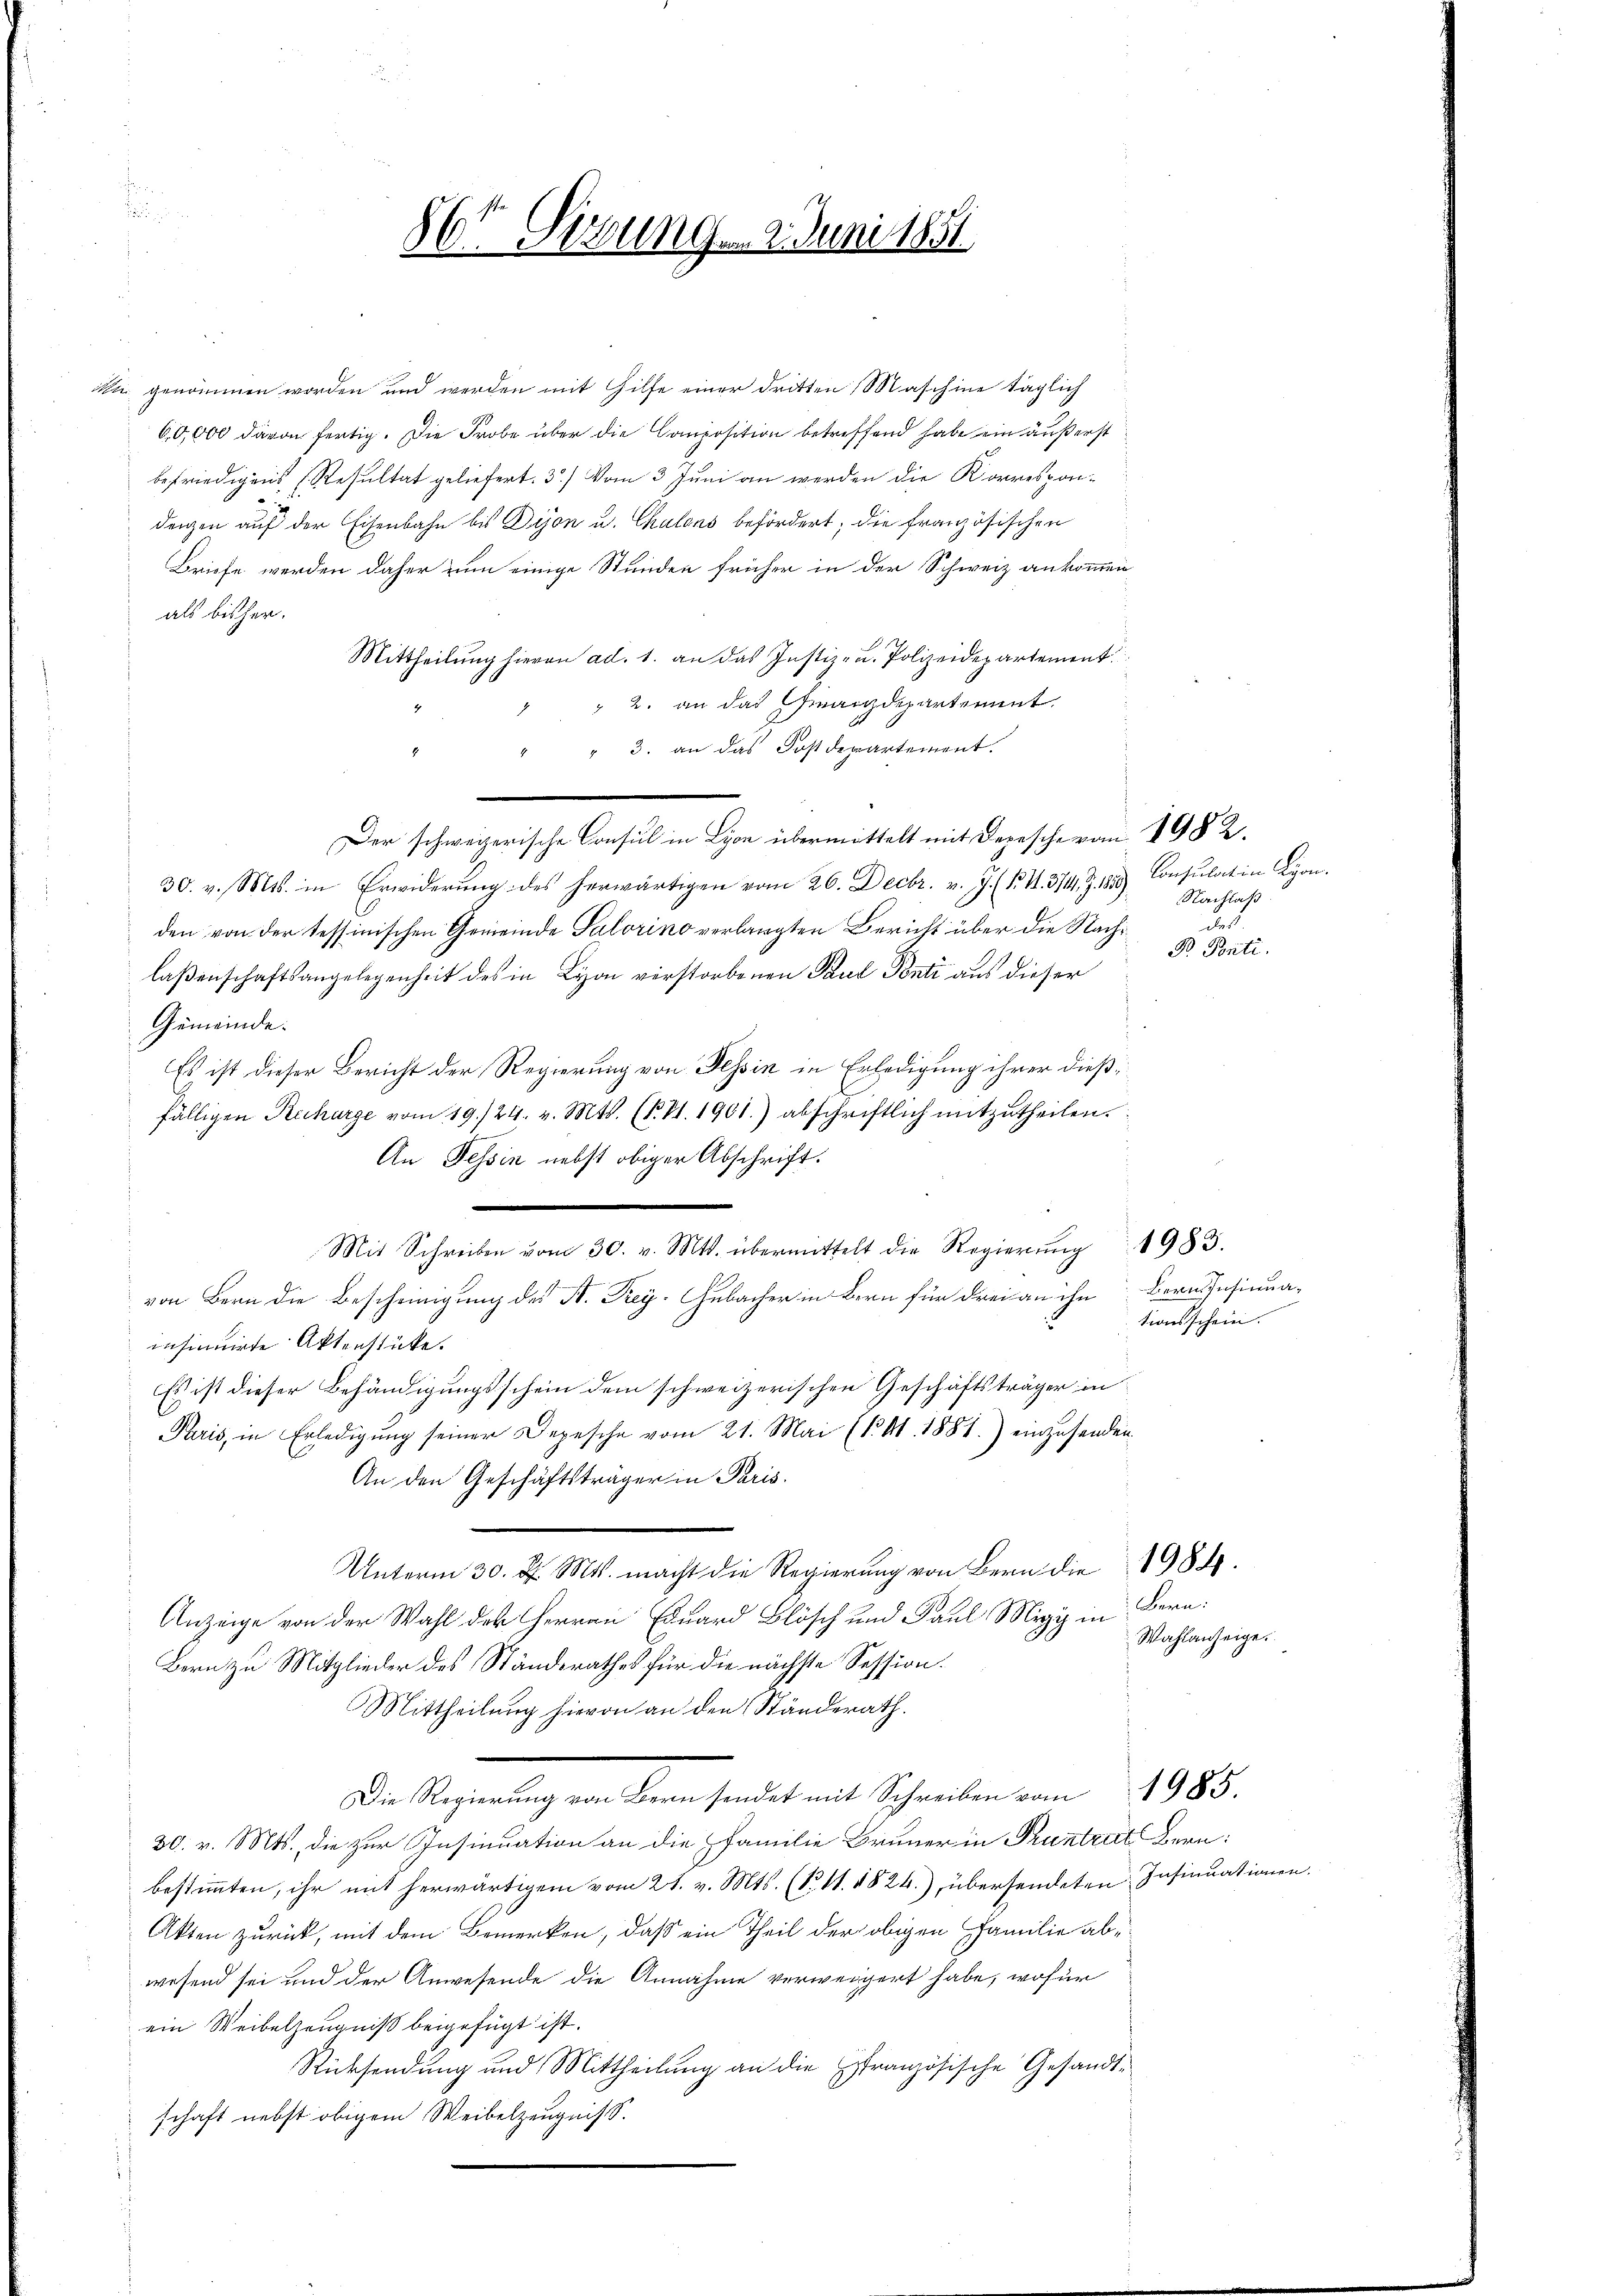
d

86te Sitzung 9. Juni 1851.

in genommen worden und werden mit Hilfe einer dritten Maschine täglich
60,000 davon fertig. Die Probe über die Composition betreffend habe ein äußerst
befriedigens (Resultat geliefert. 3.) Vom 3. Juni an werden die Korrespondenzen auf der Eisenbahn bis Dion u. Chalons befördert; die französischen
Briefe werden daher zum einige Stunden früher in der Schweiz ankommen
als bisher.
Mittheilung hievon ad. 1. an das Justiz- u. Polizeidepartement
 2. an das Finanzdepartement
" 3. an das Postdepartement.
Der schweizerische Consul in Lyon übermittelt mit Depesche von 1982.
30. v. Mts. in Erwiderŭng des herwärtigen vom 26. Decbr. v. J. (N. V. 3/14 Z. 1850)
den von der tessinischen Gemeinde Salorino verlangten Bericht über die Nachlaßenschaftsangelegenheit des in Lyon verstorbenen Paul Ponti aus dieser
Gemeinde.
Es ist dieser Bericht der Regierung von Tessin in Erledigung ihrer dießfälligen Recharge vom 19./24. v. Mts. (T. S. 1901.) abschriftlich mitzutheilen.
An Tessin nebst obiger Abschrift.
Mit Schreiben vom 30. v. Mts. übermittelt die Regierŭng 1983.
von Bern die Bescheinigung des B. Frey. Gebacher in Bern für drei an ihn Bern Insinua-
insinuirte Aktenstücke.
Es ist dieser Behändigungsschein dem schweizerischen Geschäftsträger in
Paris, in Erledigung seiner Depesche vom 21. Mai (1. A. 1881.) einzusenden
An den Geschäftsträger in Paris.
Unterm 30. d. Mts. macht die Regierung von Bern die 1984.
Anzeige von der Wahl des Herren Eduard Blösch und Paul Migi in
Bern zu Mitglieder des Standsrathes für die nächste Session.
Mittheilung hievon an den Ständerath.
Da Regelung von denn sindet mit Schauben vom 1988.
30. v. Mts., die zur Insinuation an die familie Brunner in Pruntrut Bern:
bestimmten, ihr mit herwärtigem vom 21. v. Mts. (N. 11. 1824.), übersendeten Insinuationen.
Akten zurück, mit dem Bemerken, daß ein Theil der obigen Familie abwesend sei und der Anwesende die Annahme verweigert habe, wofür
ein Weibelzeugniß beigefügt ist.
Rücksendung und Mittheilung an die Französische Gesandtschaft nebst obigem Weibelzeugniss.

Consulation Lyon.
Nachlaß
des

tionsschein.

B Ponti.

Bern:
Wahlanzeige.